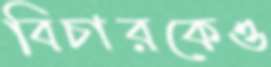
বিচারকেও